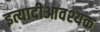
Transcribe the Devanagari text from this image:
इत्यादीआवश्यक